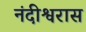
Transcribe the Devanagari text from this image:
नंदीश्वरास